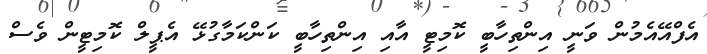
އެފްއޭއެމުން ވަނީ އިންތިހާބީ ކޮމިޓީ އާއި އިންތިހާބީ ކަންކަމާގުޅޭ އެޕީލް ކޮމިޓީން ވެސް